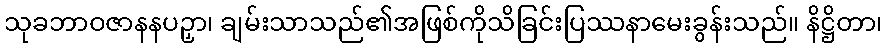
သုခဘာဝဇာနနပဉှာ၊ ချမ်းသာသည်၏အဖြစ်ကိုသိခြင်းပြဿနာမေးခွန်းသည်။ နိဋ္ဌိတာ၊